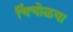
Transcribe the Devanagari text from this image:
चिंचोळया